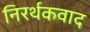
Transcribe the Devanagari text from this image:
निरर्थकवाद